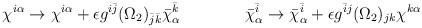
LaTeX: \begin{align*}\chi^{i\alpha} \rightarrow \chi^{i\alpha} + \epsilon g^{i\bar j}(\Omega_2)_{\bar j \bar k} \bar\chi^{\bar k}_{\alpha}\qquad\qquad\bar \chi^{\bar i}_\alpha \rightarrow \bar \chi^{\bar i}_\alpha + \epsilon g^{\bar i j} (\Omega_2)_{j k} \chi^{k\alpha}\end{align*}